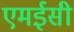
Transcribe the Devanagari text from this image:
एमईसी